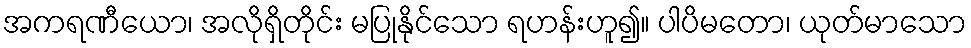
အကရဏီယော၊ အလိုရှိတိုင်း မပြုနိုင်သော ရဟန်းဟူ၍။ ပါပိမတော၊ ယုတ်မာသော